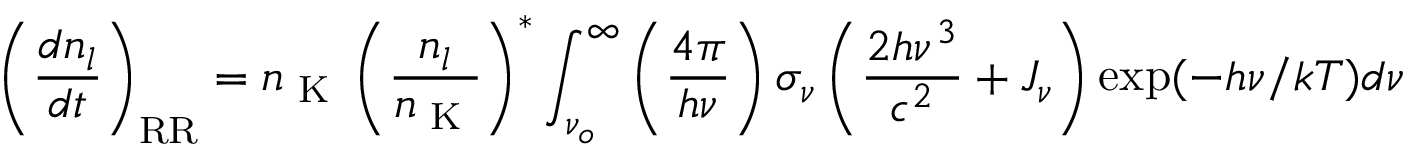
\left( \frac { d n _ { l } } { d t } \right) _ { \scriptsize \mathrm { R R } } = n \textsubscript { K } \left( \frac { n _ { l } } { n \textsubscript { K } } \right) ^ { * } \int _ { \nu _ { o } } ^ { \infty } \left( { \frac { 4 \pi } { h \nu } } \right) \sigma _ { \nu } \left( { \frac { 2 h \nu ^ { 3 } } { c ^ { 2 } } } + J _ { \nu } \right) \exp ( - h \nu / k T ) d \nu